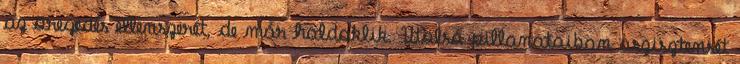
az öregedés ellenszerét, de már haldoklik. Utolsó pillanataiban aszisztensét